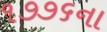
૧૭૭૬ના